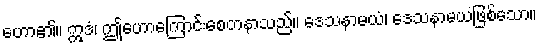
ဟော၏။ ဣဒံ၊ ဤဟောကြောင်းစေတနာသည်။ ဒေသနာမယံ၊ ဒေသနာမယဖြစ်သော။